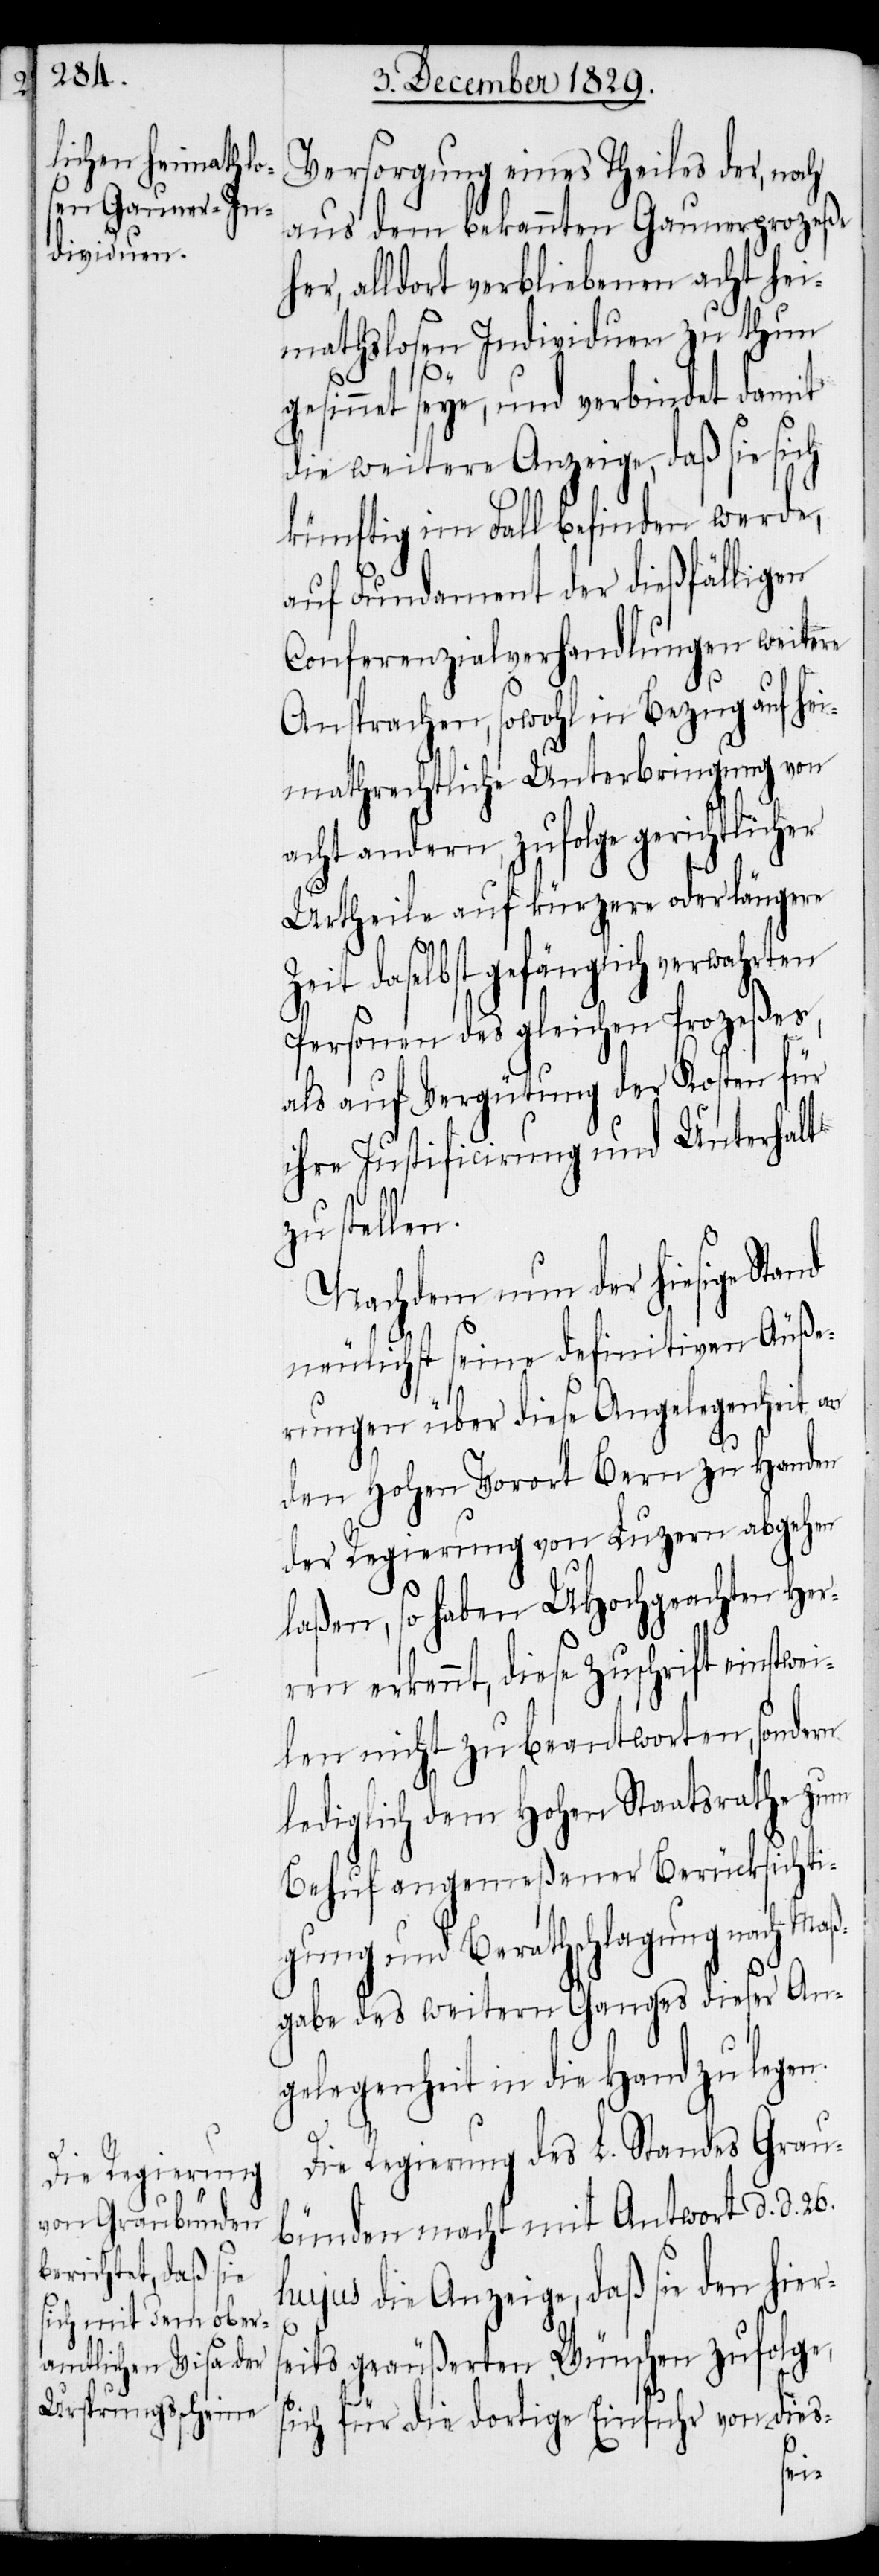
Versorgung eines Theiles der, noch
aus dem bekannten Gaunerprozeße
her, alldort verbliebenen acht hei¬
mathlosen Individuen zu thun
gesinnet seye, und verbindet damit
die weitere Anzeige, daß sie sich
künftig im Fall befinden werde,
auf Fundament der dießfälligen
Conferenzialverhandlungen weitere
Ansprachen, sowohl in Bezug auf hei¬
mathrechtliche Unterbringung von
acht andern, zufolge gerichtlicher
Urtheile auf kürzere oder längere
daselbst gefänglich verwahrten
Personen des gleichen Prozeßes,
als auf Vergütung der Kosten für
ihre Justifizierung und Unterhalt
zu stellen.
Nachdem nun der hiesige Stand
neulichst seine definitiven Äuße¬
rungen über diese Angelegenheit an
den Hohen Vorort Bern zu Handen
der Regierung von Luzern abgehen
laßen, so haben UHochgeachten Her¬
ren erkannt, diese Zuschrift einstw¬
len nicht zu beantworten, sondern
lediglich dem hohen Staatsrathe zum
Behuf angemeßener Berücksichti¬
gung und Berathschlagung nach Maß¬
gabe des weitern Ganges dieser An¬
gelegenheit in die Hand zu legen.
Die Regierung des L. Standes Grau¬
bünden macht mit Antwort d. d. 26.
hujus die Anzeige, daß sie den hiers¬
eits geäußerten Wünschen zufolge,
sich für die dortige Einfuhr von dies-
ei¬